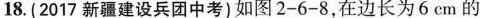
18.(2017新疆建设兵团中考)如图2-6-8，在边长为6cm的